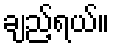
ချည့်ရယ်။